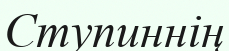
Ступиннің